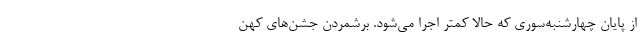
از پایان چهارشنبه‌سوری که حالا کمتر اجرا می‌شود. برشمردن جشن‌های کهن